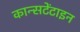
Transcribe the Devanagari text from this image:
कान्सटेंटाइन